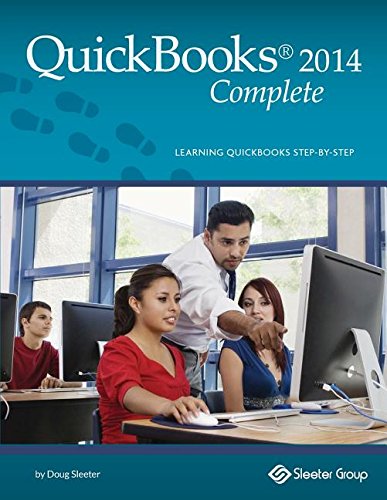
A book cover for QuickBooks Complete - Version 2014; Doug Sleeter; Computers & Technology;